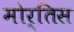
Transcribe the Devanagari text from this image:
मोर्तिस